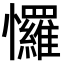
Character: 㦬